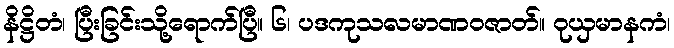
နိဋ္ဌိတံ၊ ပြီးခြင်းသို့ရောက်ပြီ။ ၆၊ ပဒကုသလမာဏဝဇာတ်။ ဝုယှမာနကံ၊